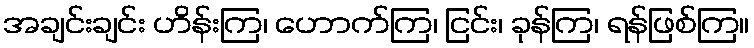
အချင်းချင်း ဟိန်းကြ၊ ဟောက်ကြ၊ ငြင်း၊ ခုန်ကြ၊ ရန်ဖြစ်ကြ။